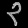
Digit: ၃